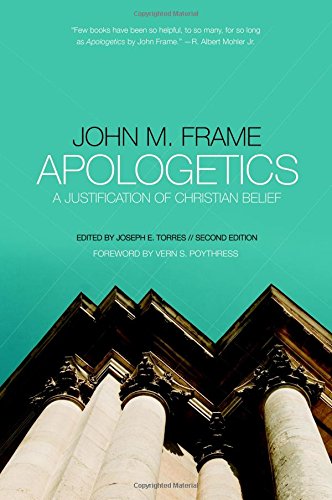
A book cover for Apologetics: A Justification of Christian Belief; John M. Frame; Christian Books & Bibles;